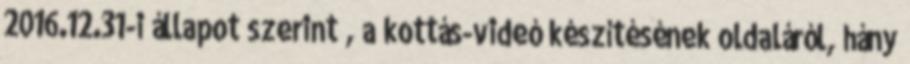
2016.12.31-i állapot szerint , a kottás-videó készítésének oldaláról, hány